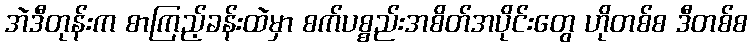
အဲဒီတုန်းက စာကြည့်ခန်းထဲမှာ စက်ပစ္စည်းအစိတ်အပိုင်းတွေ ဟိုတစ်စ ဒီတစ်စ